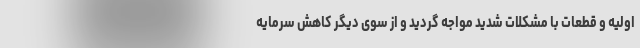
اولیه و قطعات با مشکلات شدید مواجه گردید و از سوی دیگر کاهش سرمایه